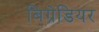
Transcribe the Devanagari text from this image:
बिग्रेडियर